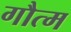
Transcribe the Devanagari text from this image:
गौत्म